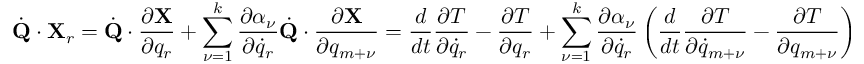
{ \dot { \bf Q } } \cdot { \bf X } _ { r } = { \dot { \bf Q } } \cdot \frac { \partial { \bf X } } { \partial q _ { r } } + \sum _ { \nu = 1 } ^ { k } \frac { \partial \alpha _ { \nu } } { \partial { \dot { q } } _ { r } } { \dot { \bf Q } } \cdot \frac { \partial { \bf X } } { \partial q _ { m + \nu } } = \frac { d } { d t } \frac { \partial T } { \partial { \dot { q } } _ { r } } - \frac { \partial T } { \partial q _ { r } } + \sum _ { \nu = 1 } ^ { k } \frac { \partial \alpha _ { \nu } } { \partial { \dot { q } } _ { r } } \left( \frac { d } { d t } \frac { \partial T } { \partial { \dot { q } } _ { m + \nu } } - \frac { \partial T } { \partial q _ { m + \nu } } \right)